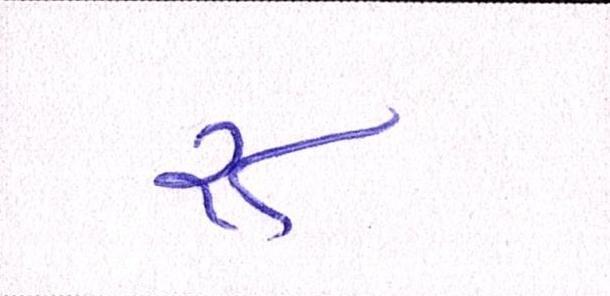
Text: ૨૮